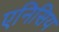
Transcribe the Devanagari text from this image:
एनिसिय